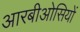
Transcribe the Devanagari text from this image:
आरबीओसियों